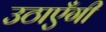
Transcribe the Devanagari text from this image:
उठाएँगी